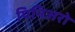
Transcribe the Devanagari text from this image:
पिनिअरो